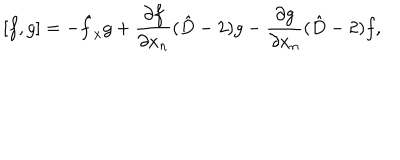
{ } [ f , g ] = - \hat { f } _ { x } g + \frac { \partial f } { \partial x _ { n } } ( \hat { D } - 2 ) g - \frac { \partial g } { \partial x _ { n } } ( \hat { D } - 2 ) f ,